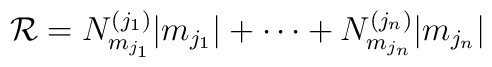
{\mathcal R}= N^{(j_1)}_{m_{j_1}}|m_{j_1}|+\cdots+N^{(j_n)}_{m_{j_n}}|m_{j_n}|